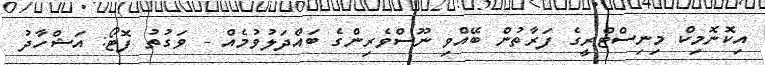
އިކޮނޮމިކް މިނިސްޓްރީގެ ފަރާތުން ބޭއްވި ނޫސްވެރިންގެ ބައްދަލުވުމެއް - ވަގުތު ފޮޓޯ: އަޝްހާދު